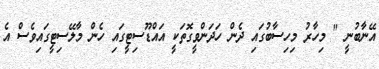
އޭނާބުނީ " މިހާރު މިހިސާބުގައި ދެން ހަދަންވީގޮތަކީ އައްޑޫސިޓީގައި ހެން މާލޭސިޓީގައިވެސް އެ